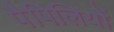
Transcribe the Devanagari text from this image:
पैपिलियों